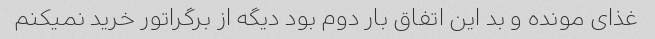
غذای مونده و بد این اتفاق بار دوم بود دیگه از برگراتور خرید نمیکنم